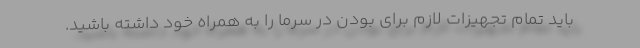
باید تمام تجهیزات لازم برای بودن در سرما را به همراه خود داشته باشید.